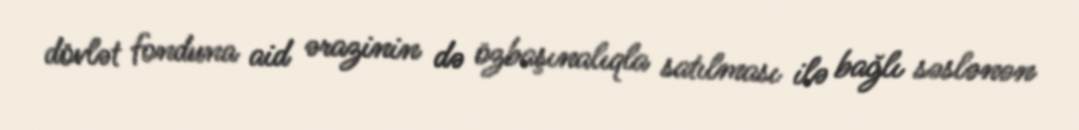
dövlət fonduna aid ərazinin də özbaşınalıqla satılması ilə bağlı səslənən